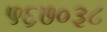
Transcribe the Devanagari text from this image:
५६७०३८